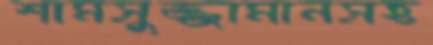
শামসুজ্জামানসহ